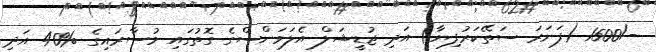
-/1500 (ފަނަރަ ސަތޭކަރުފިޔާ) އަދި ޖުޑީޝަލް އެލަވަންސްގެ ގޮތުގައި މުސާރައިގެ %40 އަދި